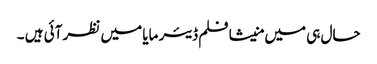
حال ہی میں منیشا فلم ڈیئر مایا میں نظر آئی ہیں ۔